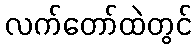
လက်တော်ထဲတွင်